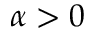
\alpha > 0